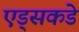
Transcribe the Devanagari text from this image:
एड्‌सकडे